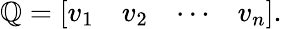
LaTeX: \mathbb{Q}={\left[\begin{array}{llll}{v_{1}}&{v_{2}}&{\cdots}&{v_{n}}\end{array}\right]}.